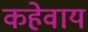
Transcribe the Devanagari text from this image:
कहेवाय